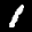
Label: 1